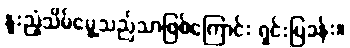
နူးညံ့သိမ်မွေ့သည်သာဖြစ်ကြောင်း ရှင်းပြခန်း။